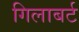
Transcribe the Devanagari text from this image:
गिलाबर्ट